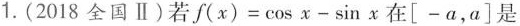
1.(2018全国Ⅱ)若$$f(x)=\cos x-\sin x$$在[-a，a]是